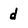
Character: d